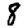
Digit: 8